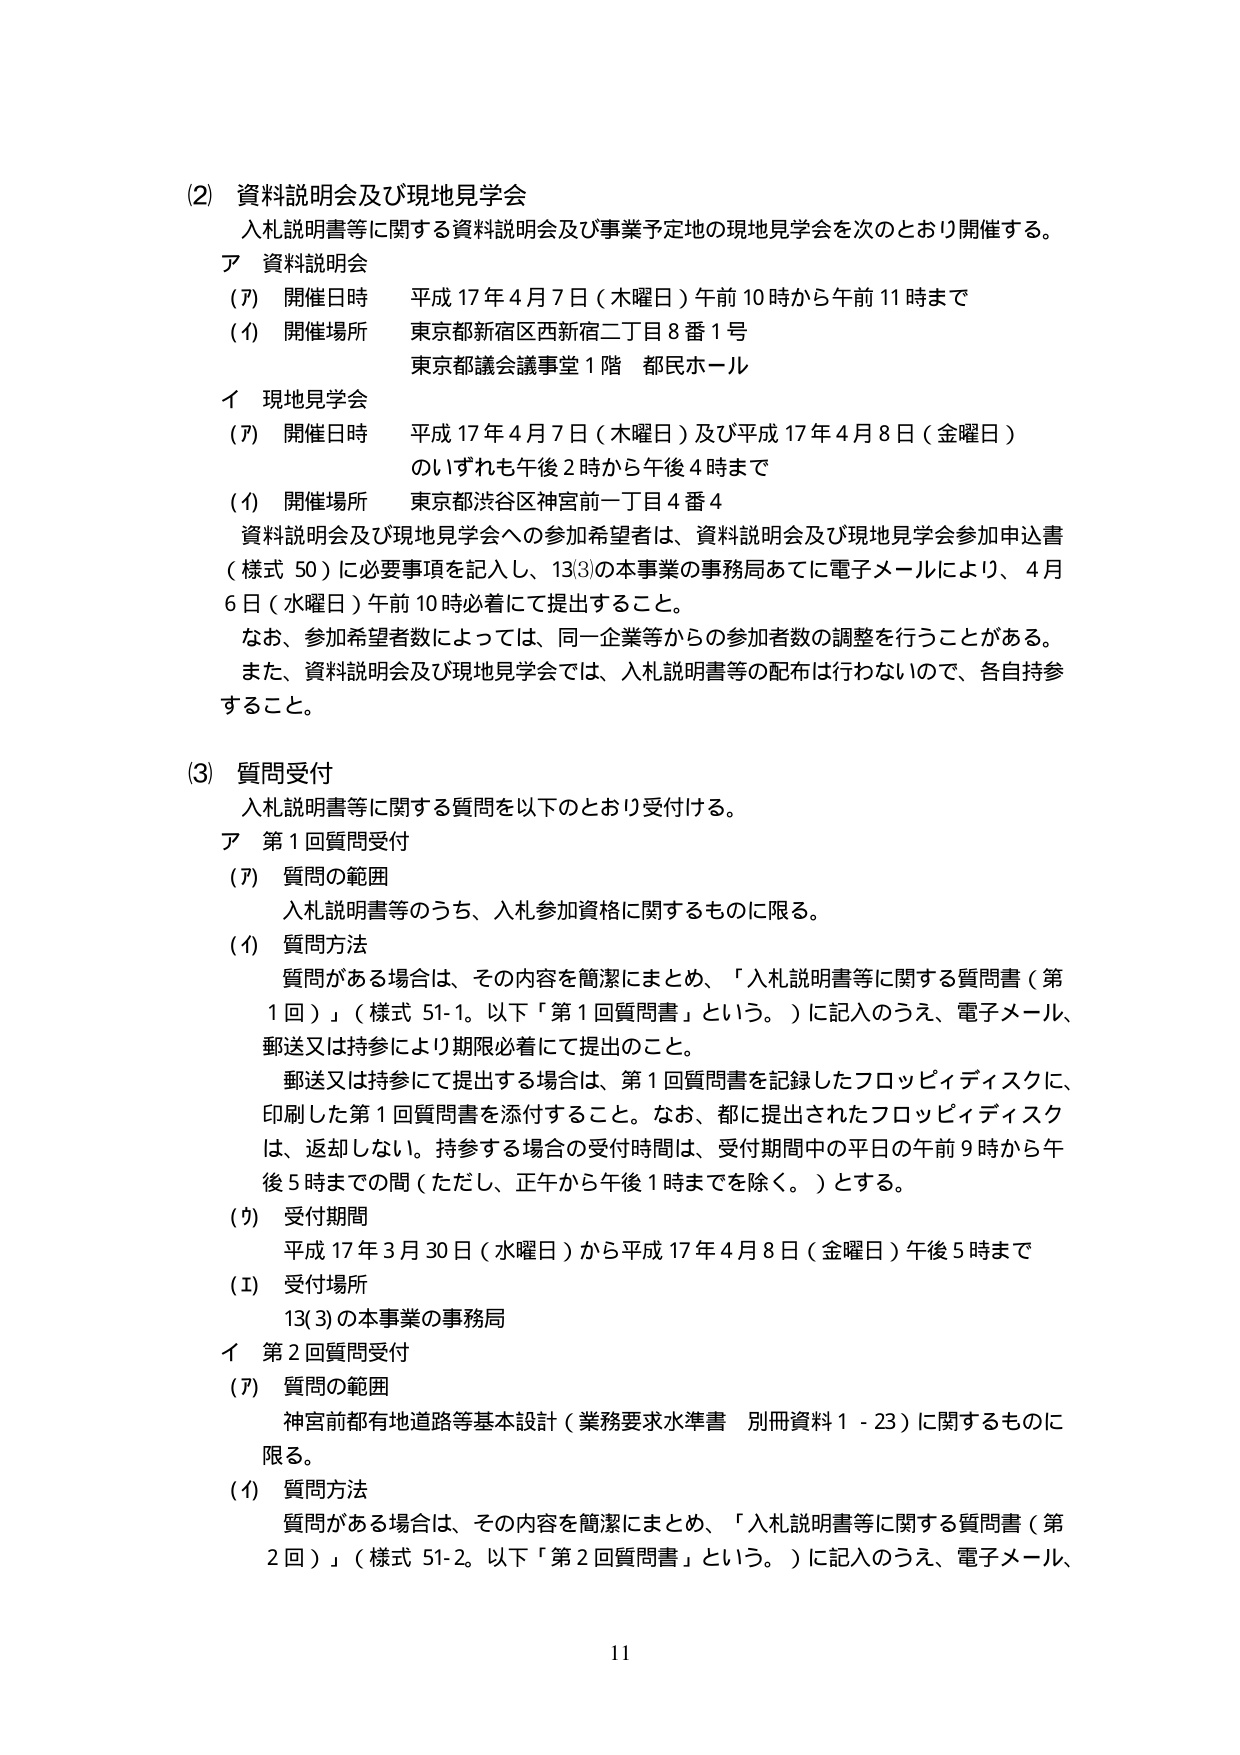
(2) 資料説明会及び現地見学会
入札説明書等に関する資料説明会及び事業予定地の現地見学会を次のとおり開催する。
ア 資料説明会
(ｱ) 開催日時 平成17年4月7日（木曜日）午前10時から午前11時まで
(ｲ) 開催場所 東京都新宿区西新宿二丁目8番1号
　　　　　　　東京都議会議事堂1階 都民ホール
イ 現地見学会
(ｱ) 開催日時 平成17年4月7日（木曜日）及び平成17年4月8日（金曜日）
　　　　　　　のいずれも午後2時から午後4時まで
(ｲ) 開催場所 東京都渋谷区神宮前一丁目4番4
資料説明会及び現地見学会への参加希望者は、資料説明会及び現地見学会参加申込書（様式50）に必要事項を記入し、13(3)の本事業の事務局あてに電子メールにより、4月6日（水曜日）午前10時必着にて提出すること。
なお、参加希望者数によっては、同一企業等からの参加者数の調整を行うことがある。
また、資料説明会及び現地見学会では、入札説明書等の配布は行わないので、各自持参すること。

(3) 質問受付
入札説明書等に関する質問を以下のとおり受付ける。
ア 第1回質問受付
(ｱ) 質問の範囲
　　　入札説明書等のうち、入札参加資格に関するものに限る。
(ｲ) 質問方法
　　　質問がある場合は、その内容を簡潔にまとめ、「入札説明書等に関する質問書（第1回）」（様式51-1。以下「第1回質問書」という。）に記入のうえ、電子メール、郵送又は持参により期限必着にて提出のこと。
　　　郵送又は持参にて提出する場合は、第1回質問書を記録したフロッピーディスクに、印刷した第1回質問書を添付すること。なお、都に提出されたフロッピーディスクは、返却しない。持参する場合の受付時間は、受付期間中の平日の午前9時から午後5時までの間（ただし、正午から午後1時までを除く。）とする。
(ｳ) 受付期間
　　　平成17年3月30日（水曜日）から平成17年4月8日（金曜日）午後5時まで
(ｴ) 受付場所
　　　13(3)の本事業の事務局
イ 第2回質問受付
(ｱ) 質問の範囲
　　　神宮前都有地道路等基本設計（業務要求水準書 別冊資料1-23）に関するものに限る。
(ｲ) 質問方法
　　　質問がある場合は、その内容を簡潔にまとめ、「入札説明書等に関する質問書（第2回）」（様式51-2。以下「第2回質問書」という。）に記入のうえ、電子メール、

11